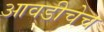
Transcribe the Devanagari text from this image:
आवडीचेच